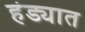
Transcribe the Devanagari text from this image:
हंड्यात